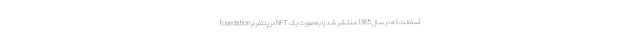
آسفالت که در سال 1385 منتشر شد را به‌صورت یک NFT در پلتفرم foundation